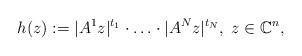
LaTeX: \begin{align*}h(z):=|A^1 z|^{t_1}\cdot\ldots\cdot|A^N z|^{t_N},\; z\in\mathbb C^n,\end{align*}